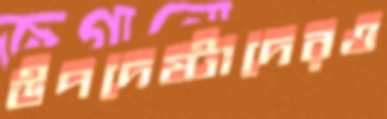
উপদেষ্টাদেরও